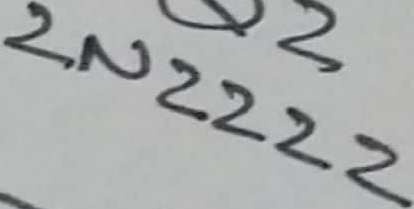
Text: 2N2222